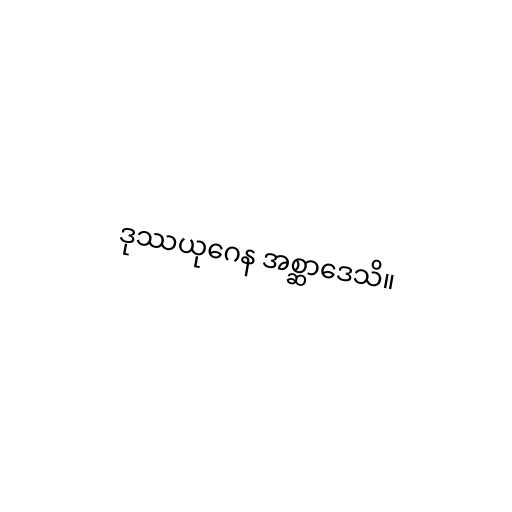
ဒုဿယုဂေန အစ္ဆာဒေသိ။